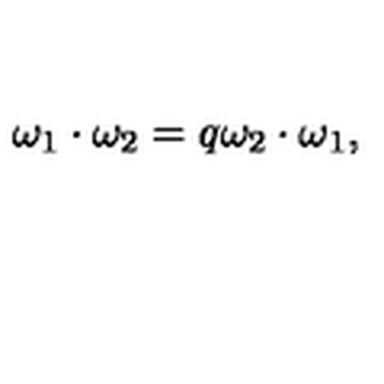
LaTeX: \omega _ { 1 } \cdot \omega _ { 2 } = q \omega _ { 2 } \cdot \omega _ { 1 } ,